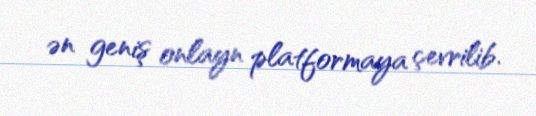
ən geniş onlayn platformaya çevrilib.